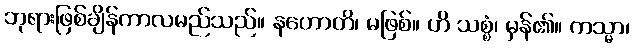
ဘုရားဖြစ်ချိန်ကာလမည်သည်။ နဟောတိ၊ မဖြစ်။ ဟိ သစ္စံ၊ မှန်၏။ ကသ္မာ၊